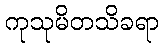
ကုသုမိတသိခရာ